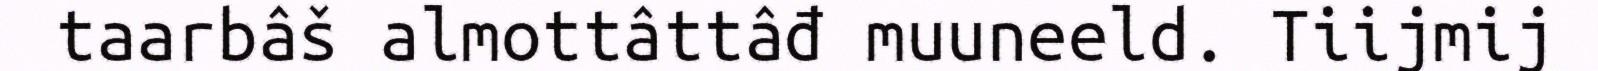
taarbâš almottâttâđ muuneeld. Tiijmij